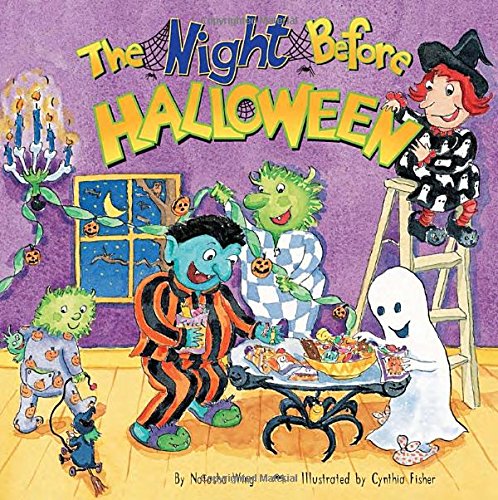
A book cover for The Night Before Halloween; Natasha Wing; Children's Books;